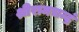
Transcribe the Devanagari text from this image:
श्रीरामचन्द्रं